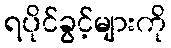
ရပိုင်ခွင့်များကို